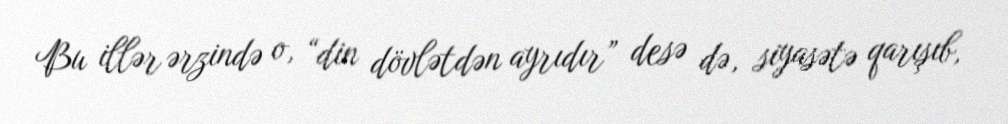
Bu illər ərzində o, “din dövlətdən ayrıdır” desə də, siyasətə qarışıb,